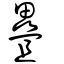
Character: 曡